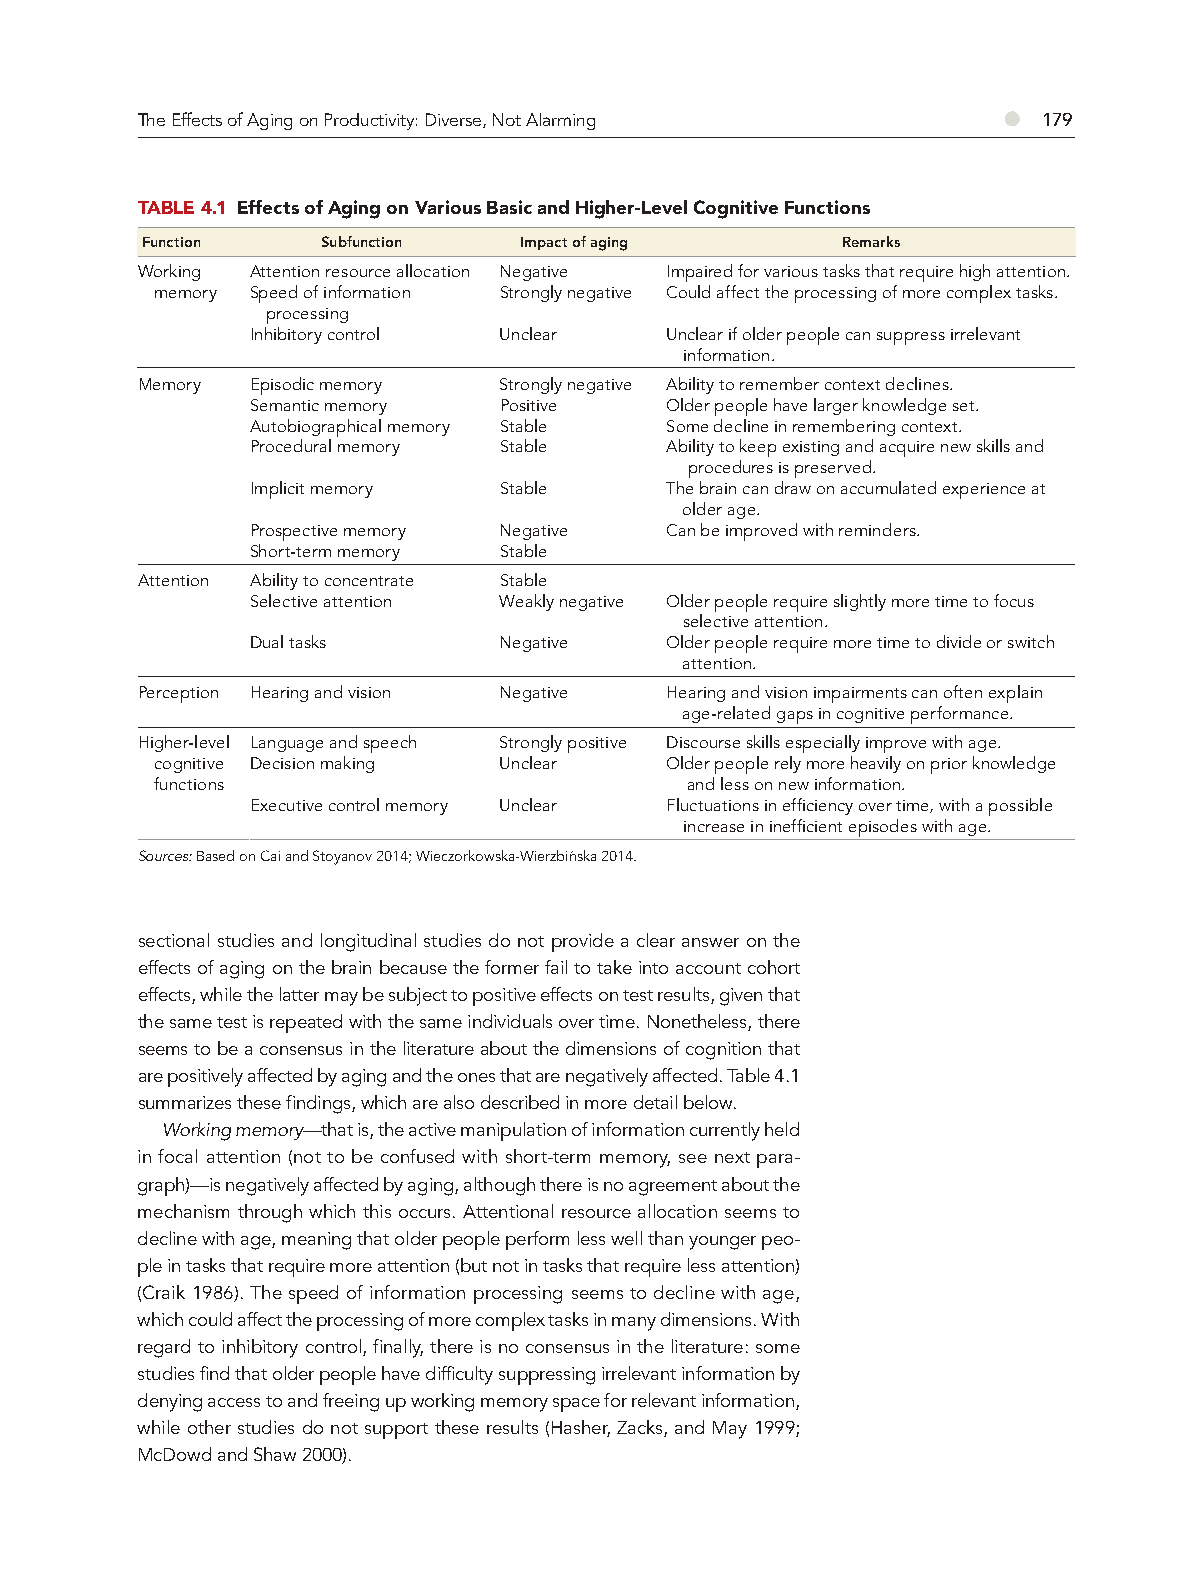
The Effects of Aging on Productivity: Diverse, Not Alarming ● 179
 TABLE 4.1 Effects of Aging on Various Basic and Higher-Level Cognitive Functions
 Function    Subfunction  Impact of aging       Remarks
 Working Attention resource allocation Negative Impaired for various tasks that require high attention.
 memory Speed of information Strongly negative Could affect the processing of more complex tasks.
 processing
 Inhibitory control Unclear Unclear if older people can suppress irrelevant
 information.
 Memory  Episodic memory Strongly negative Ability to remember context declines.
 Semantic memory Positive   Older people have larger knowledge set.
 Autobiographical memory Stable Some decline in remembering context.
 Procedural memory Stable   Ability to keep existing and acquire new skills and
 procedures is preserved.
 Implicit memory Stable     The brain can draw on accumulated experience at
 older age.
 Prospective memory Negative Can be improved with reminders.
 Short-term memory Stable
 Attention Ability to concentrate Stable
 Selective attention Weakly negative Older people require slightly more time to focus
 selective attention.
 Dual tasks      Negative   Older people require more time to divide or switch
 attention.
 Perception Hearing and vision Negative Hearing and vision impairments can often explain
 age-related gaps in cognitive performance.
 Higher-level Language and speech Strongly positive Discourse skills especially improve with age.
 cognitive Decision making Unclear Older people rely more heavily on prior knowledge
 functions                           and less on new information.
 Executive control memory Unclear Fluctuations in effi ciency over time, with a possible
 increase in ineffi cient episodes with age.
 Sources: Based on Cai and Stoyanov 2014; Wieczorkowska-Wierzbin´ska 2014.
 sectional studies and longitudinal studies do not provide a clear answer on the
 effects of aging on the brain because the former fail to take into account cohort
 effects, while the latter may be subject to positive effects on test results, given that
 the same test is repeated with the same individuals over time. Nonetheless, there
 seems to be a consensus in the literature about the dimensions of cognition that
 are positively affected by aging and the ones that are negatively affected. Table 4.1
 summarizes these findings, which are also described in more detail below.
 Working memory—that is, the active manipulation of information currently held
 in focal attention (not to be confused with short-term memory, see next para-
 graph)—is negatively affected by aging, although there is no agreement about the
 mechanism through which this occurs. Attentional resource allocation seems to
 decline with age, meaning that older people perform less well than younger peo-
 ple in tasks that require more attention (but not in tasks that require less attention)
 (Craik 1986). The speed of information processing seems to decline with age,
 which could affect the processing of more complex tasks in many dimensions. With
 regard to inhibitory control, finally, there is no consensus in the literature: some
 studies find that older people have difficulty suppressing irrelevant information by
 denying access to and freeing up working memory space for relevant information,
 while other studies do not support these results (Hasher, Zacks, and May 1999;
 McDowd and Shaw 2000).